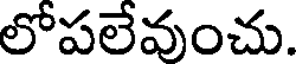
లోపలేవుంచు.